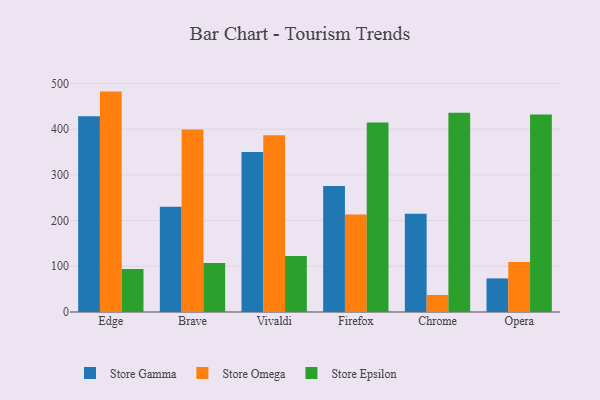
{"axis": {"x": "Browser", "y": "Demand Index"}, "legend": ["Store Epsilon", "Store Gamma", "Store Omega"], "data": [{"x": "Edge", "y": 428.5, "type": "Store Gamma"}, {"x": "Edge", "y": 482.2, "type": "Store Omega"}, {"x": "Edge", "y": 94.0, "type": "Store Epsilon"}, {"x": "Brave", "y": 230.1, "type": "Store Gamma"}, {"x": "Brave", "y": 399.2, "type": "Store Omega"}, {"x": "Brave", "y": 107.0, "type": "Store Epsilon"}, {"x": "Vivaldi", "y": 349.9, "type": "Store Gamma"}, {"x": "Vivaldi", "y": 386.7, "type": "Store Omega"}, {"x": "Vivaldi", "y": 122.4, "type": "Store Epsilon"}, {"x": "Firefox", "y": 275.9, "type": "Store Gamma"}, {"x": "Firefox", "y": 213.1, "type": "Store Omega"}, {"x": "Firefox", "y": 414.4, "type": "Store Epsilon"}, {"x": "Chrome", "y": 215.1, "type": "Store Gamma"}, {"x": "Chrome", "y": 37.3, "type": "Store Omega"}, {"x": "Chrome", "y": 435.7, "type": "Store Epsilon"}, {"x": "Opera", "y": 73.5, "type": "Store Gamma"}, {"x": "Opera", "y": 109.2, "type": "Store Omega"}, {"x": "Opera", "y": 432.0, "type": "Store Epsilon"}]}